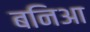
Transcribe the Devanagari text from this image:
बनिआ